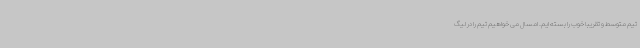
تیم متوسط و تقریبا خوب را بسته ایم. امسال می خواهیم تیم را در لیگ